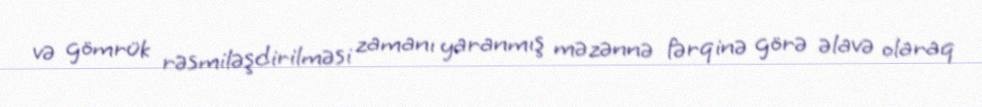
və gömrük rəsmiləşdirilməsi zamanı yaranmış məzənnə fərqinə görə əlavə olaraq